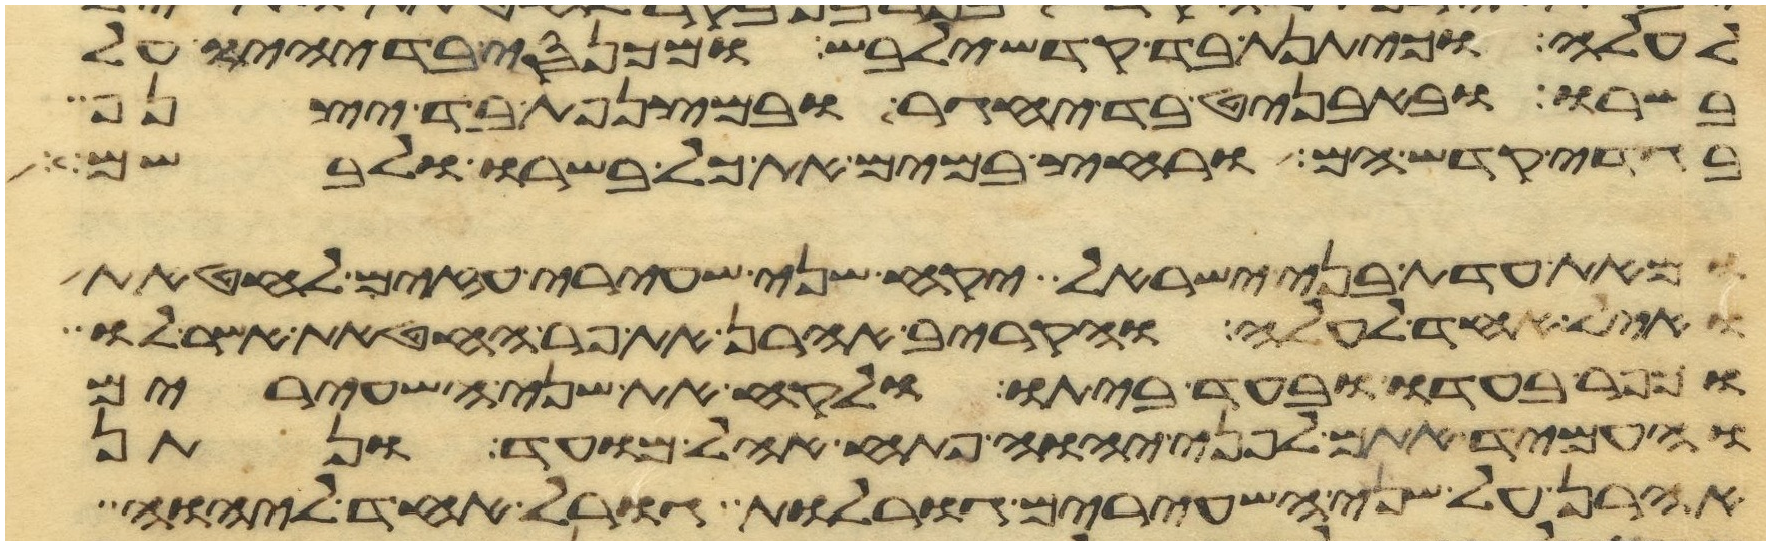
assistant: לעלה וכיתנת בד קדש ילבש ומכנסי בד יהיו על
בשרו ובאבניט בד יחגר ובמצנפת בד יצנף
בגדי קדש הם ורחץ במים את כל בשרו ולבשם
ומאת עדת בני ישראל יקח שני שעירי עזים לחטאת
ואיל אחד לעלה והקריב אהרן את פר החטאת אשר לו
וכפר בעדו ובעד ביתו ולקח את שני השעירים
והעמיד אתם לפני יהוה פתח אהל מועד ונתן
אהרן על שני השעירים גורלות גורל אחד ליהוה